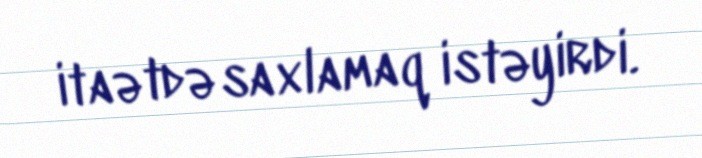
itaətdə saxlamaq istəyirdi.